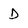
Character: D